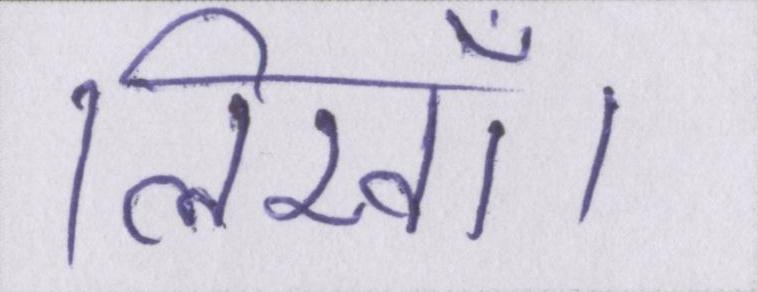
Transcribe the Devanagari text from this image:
लिखॉ।